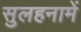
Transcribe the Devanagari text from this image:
सुलहनामें